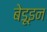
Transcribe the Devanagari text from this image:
बेडूइन